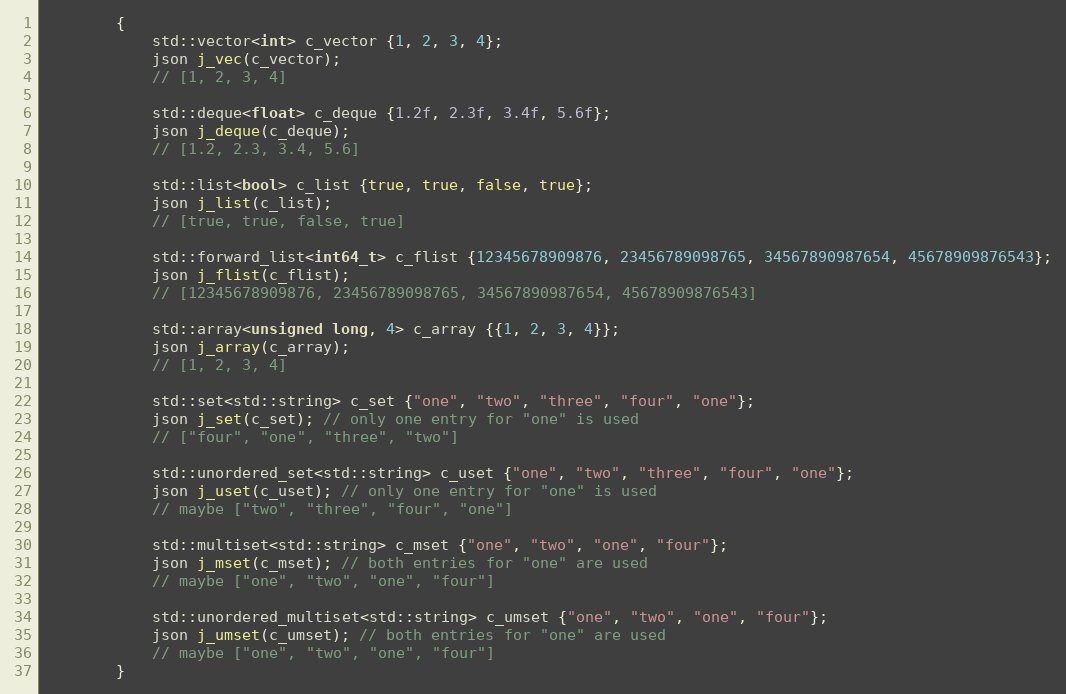
Language: C++
        {
            std::vector<int> c_vector {1, 2, 3, 4};
            json j_vec(c_vector);
            // [1, 2, 3, 4]

            std::deque<float> c_deque {1.2f, 2.3f, 3.4f, 5.6f};
            json j_deque(c_deque);
            // [1.2, 2.3, 3.4, 5.6]

            std::list<bool> c_list {true, true, false, true};
            json j_list(c_list);
            // [true, true, false, true]

            std::forward_list<int64_t> c_flist {12345678909876, 23456789098765, 34567890987654, 45678909876543};
            json j_flist(c_flist);
            // [12345678909876, 23456789098765, 34567890987654, 45678909876543]

            std::array<unsigned long, 4> c_array {{1, 2, 3, 4}};
            json j_array(c_array);
            // [1, 2, 3, 4]

            std::set<std::string> c_set {"one", "two", "three", "four", "one"};
            json j_set(c_set); // only one entry for "one" is used
            // ["four", "one", "three", "two"]

            std::unordered_set<std::string> c_uset {"one", "two", "three", "four", "one"};
            json j_uset(c_uset); // only one entry for "one" is used
            // maybe ["two", "three", "four", "one"]

            std::multiset<std::string> c_mset {"one", "two", "one", "four"};
            json j_mset(c_mset); // both entries for "one" are used
            // maybe ["one", "two", "one", "four"]

            std::unordered_multiset<std::string> c_umset {"one", "two", "one", "four"};
            json j_umset(c_umset); // both entries for "one" are used
            // maybe ["one", "two", "one", "four"]
        }